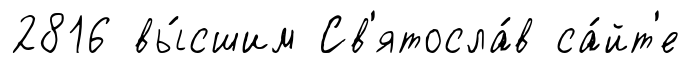
2816 вы́сшим Св'ятосла́в са́йт'е